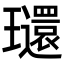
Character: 𤫐